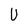
Character: U